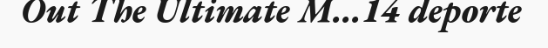
Out The Ultimate M...14 deporte